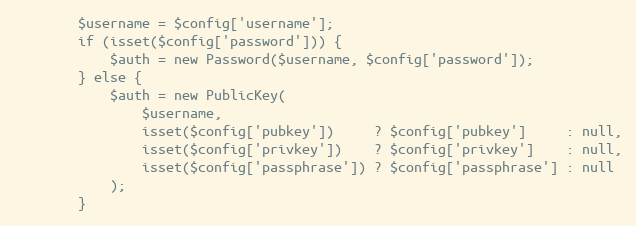
Language: PHP
        $username = $config['username'];
        if (isset($config['password'])) {
            $auth = new Password($username, $config['password']);
        } else {
            $auth = new PublicKey(
                $username,
                isset($config['pubkey'])     ? $config['pubkey']     : null,
                isset($config['privkey'])    ? $config['privkey']    : null,
                isset($config['passphrase']) ? $config['passphrase'] : null
            );
        }